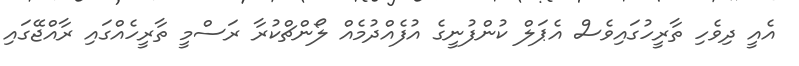
އެއީ ދިވެހި ތާރީހުގައިވެސް އެޕަލް ކުންފުނީގެ އުފެއްދުމެއް ލޯންޗްކުރާ ރަސްމީ ތާރީހެއްގައި ރާއްޖޭގައި